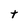
Character: t